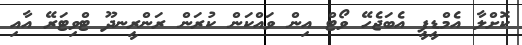
ކޮށްލާ އެމްޑީޕީ އެބަޖެހޭ ވޯޓް އިން ވައްކަން ކުރަން ރަންރީނދޫ ޓްވިޓަރޭ އާއި